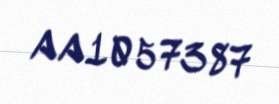
AA1057387